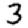
Digit: 3